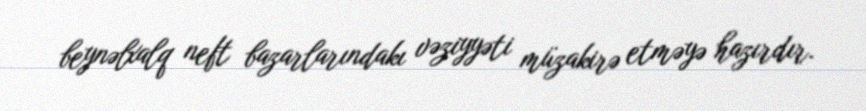
beynəlxalq neft bazarlarındakı vəziyyəti müzakirə etməyə hazırdır.